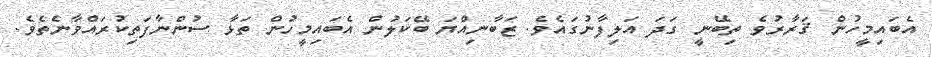
އެބައިމީހުން ޤަރާރުވެ ތިބޭނީ ގަދަ އަލިފާނުގައެވެ. ޒަބާނިއްޔަ ބޭކަލުން އެބައިމީހުން ތަޅާ ސުންނާފަތިކުރައްވާނެތެވެ.